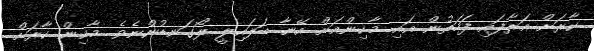
ކާރަށް އަރާފައި ފަހަތުން އައި މާކިންއަށް އޭނާ ބަލައިލީ ލޯގަނޑުންނެވެ. މާކިން ކާރަށް